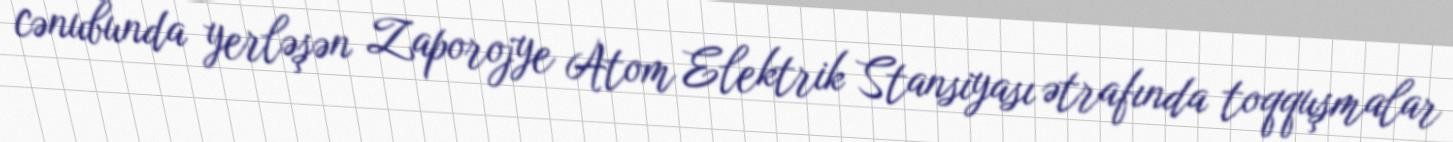
cənubunda yerləşən Zaporojye Atom Elektrik Stansiyası ətrafında toqquşmalar